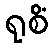
ရုစိံ